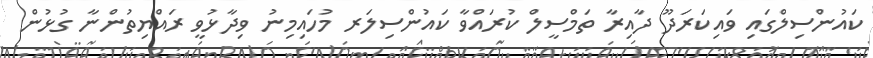
ކައުންސިލްގައި ވައިކަރަދޫ ދާއިރާ ތަމްސީލް ކުރައްވާ ކައުންސިލަރ މުހައިމިނު ވިދާޅުވީ ރައްޔިތުންނާ ގުޅުން